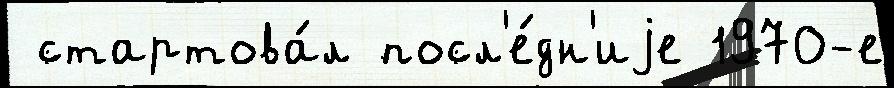
 стартова́л посл'е́дн'иjе 1970-е